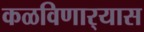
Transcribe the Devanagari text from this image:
कळविणार्‍यास